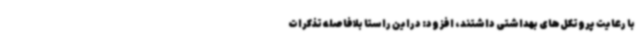
با رعایت پروتکل‌های بهداشتی داشتند، افزود: دراین راستا بلافاصله تذکرات